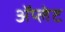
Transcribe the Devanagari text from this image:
ॲप्लेट